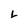
Character: L